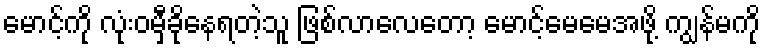
မောင့်ကို လုံးဝမှီခိုနေရတဲ့သူ ဖြစ်လာလေတော့ မောင့်မေမေအဖို့ ကျွန်မကို